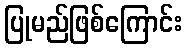
ပြုမည်ဖြစ်ကြောင်း